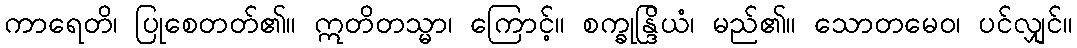
ကာရေတိ၊ ပြုစေတတ်၏။ ဣတိတသ္မာ၊ ကြောင့်။ စက္ခုန္ဒြိယံ၊ မည်၏။ သောတမေဝ၊ ပင်လျှင်။